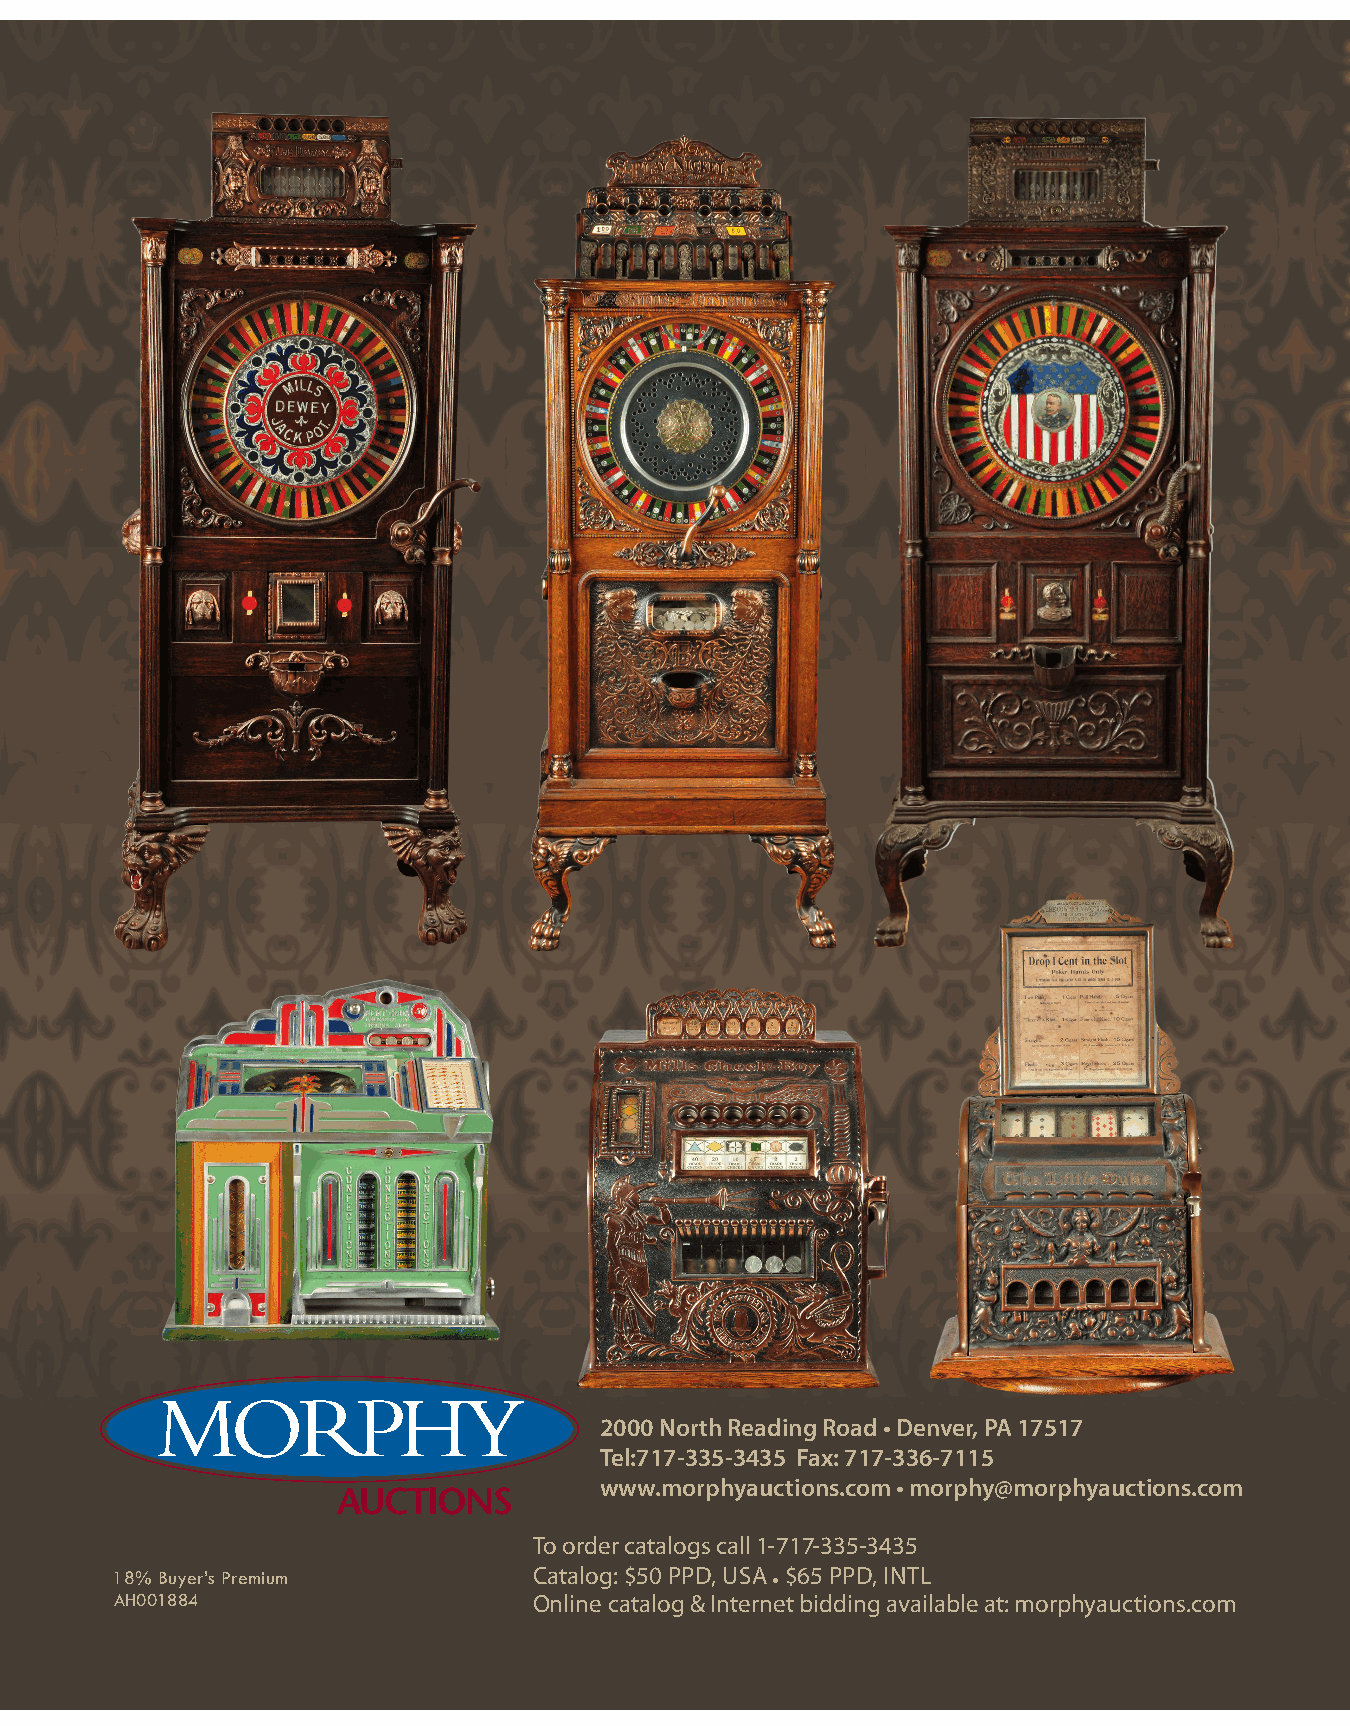
2000 North Reading Road • Denver, PA 17517
 Tel:717-335-3435 Fax: 717-336-7115
 www.morphyauctions.com • morphy@morphyauctions.com
 To order catalogs call 1 -717-335-3435
 18% Buyer’s Premium         Catalog: $50 PPD, uSA • $65 PPD, iNTl
 AH001884                   Online catalog & Internet bidding available at: morphyauctions.com